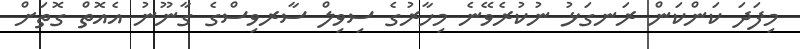
މިފަދަ ކަންކަން ރަނގަޅު ނުކުރެވޭނެ މިހާރުގެ ސިވިލް ސާރވިސްގެ ގާނޫނު އެއޮތް ގޮތަށް